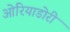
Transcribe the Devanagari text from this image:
ओरियाडोरी